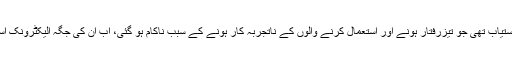
انتہائی سستی اور ہمہ وقت دستیاب عوامی سواری خاص و عام کےلئے دستیاب تھی جو تیزرفتار ہونے اور استعمال کرنے والوں کے ناتجربہ کار ہونے کے سبب ناکام ہو گئی، اب ان کی جگہ الیکٹرونک اسکوٹر رکھے جارہےہیں وہ بھی جہاں مرضی چھوڑ دیئے جا سکیں گے۔